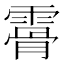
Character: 𩄨